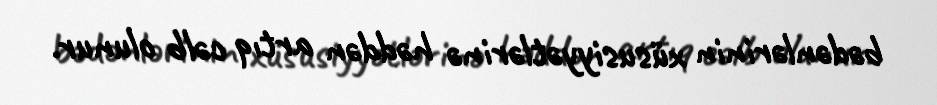
bədənlərinin xüsusiyyətlərinə həddən artıq cəlb olunur.